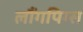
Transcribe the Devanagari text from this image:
लौंगपिग्स